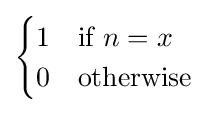
{\begin{cases}1&{\text{if }}n=x\\0&{\text{otherwise}}\end{cases}}